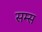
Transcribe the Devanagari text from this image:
सम्स